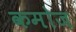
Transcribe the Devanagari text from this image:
कमोज